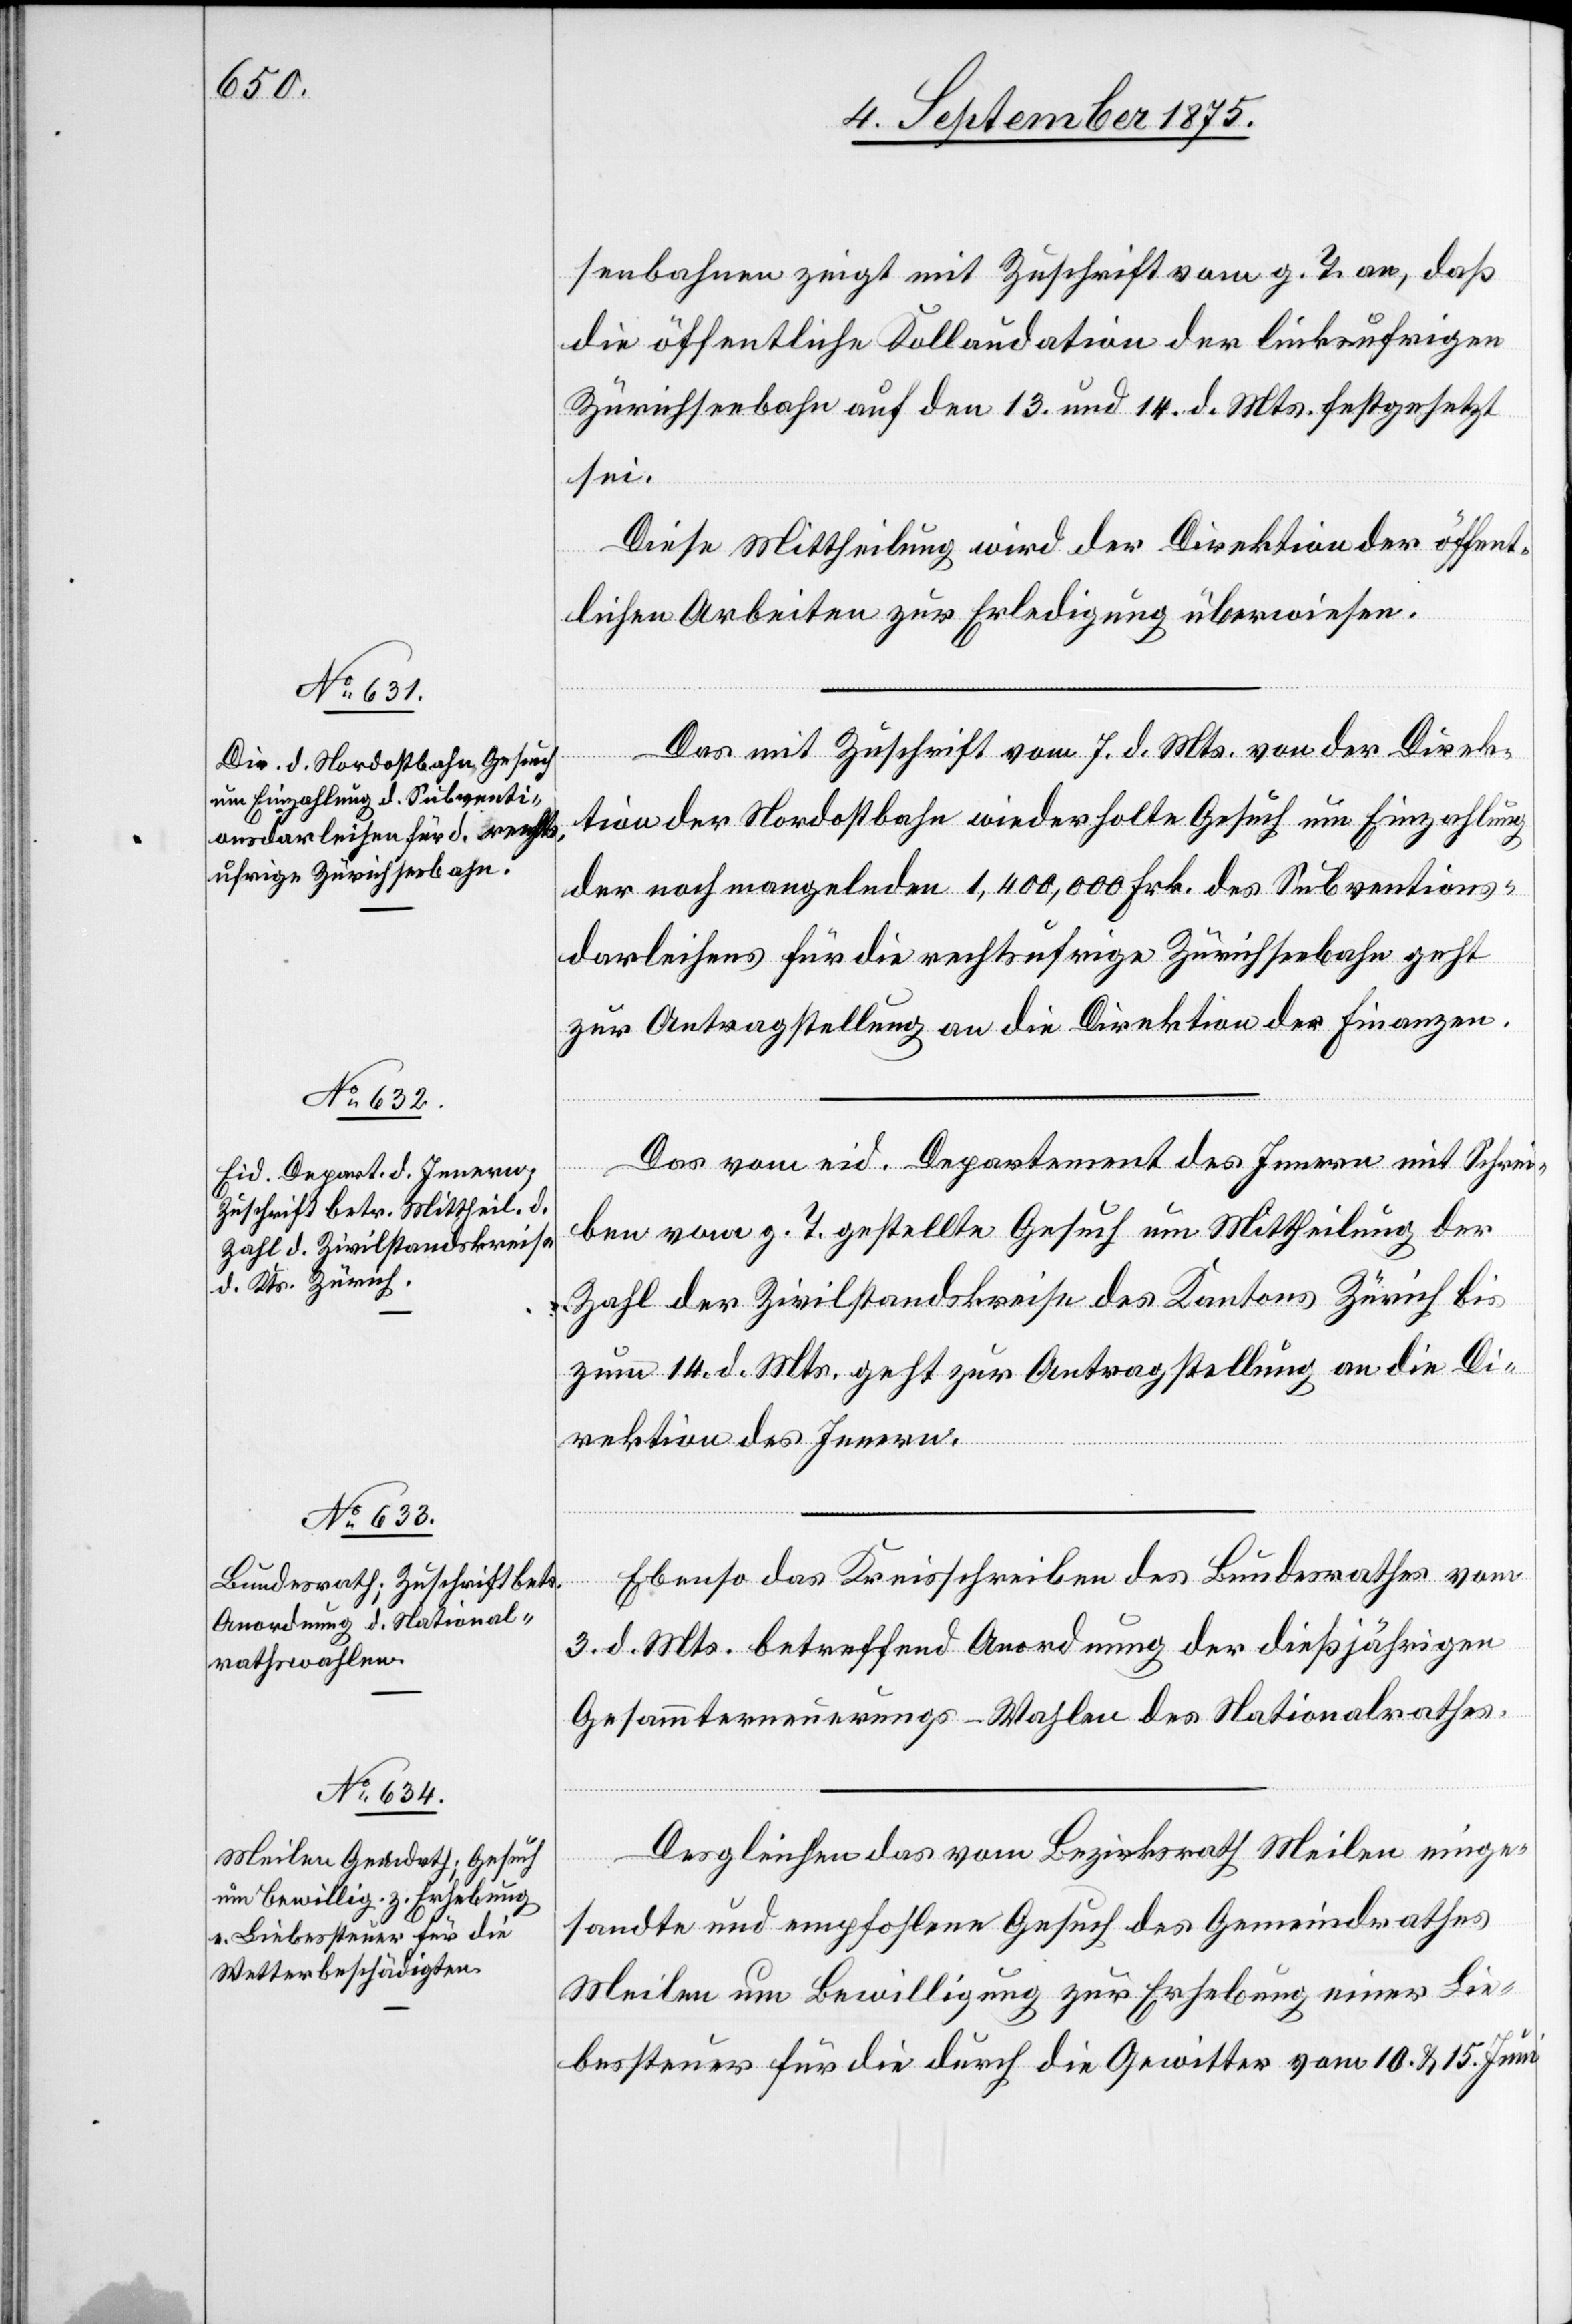
9. September 1875.]
senbahnen zeigt mit Zuschrift vom g. T. an, daß
die öffentliche Kollaudation der linksufrigen
Zürichseebahn auf den 13. und 14. d. Mts. festgesetzt
sei.
Diese Mittheilung wird der Direktion der öffent¬
lichen Arbeiten zur Erledigung überwiesen.
Das mit Zuschrift vom 7. d. Mts. von der Direk¬
tion der Nordostbahn wiederholte Gesuch um Einzahlung
der noch mangelnden 1,400,000 Frk. des Subventions¬
darleihens für die rechtsufrige Zürichseebahn geht
zur Antragstellung an die Direktion der Finanzen.
Das vom eid. Departement des Innern mit Schrei¬
ben vom g. T. gestellte Gesuch um Mittheilung der
Zahl der Zivilstandskreise des Kantons Zürich bis
zum 14. d. Mts. geht zur Antragstellung an die Di¬
rektion des Innern.
Ebenso das Kreisschreiben des Bundesrathes vom
3. d. Mts. betreffend Anordnung der dießjährigen
Gesammterneuerungs-Wahlen des Nationalrathes.
Desgleichen das vom Bezirksrath Meilen einge¬
sandte und empfohlene Gesuch des Gemeindrathes
Meilen um Bewilligung zur Erhebung einer Lie¬
bessteuer für die durch die Gewitter vom 10. & 15. Juni